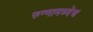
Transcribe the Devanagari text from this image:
रुग्णामध्येच